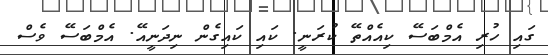
ގައި ހުރި އެމްބަސޭ ކިއެއްތޭ ކުރަނީ. ކައި ކައިގެން ނިދަނީއޭ. އެމްބަސޭ ވެސް